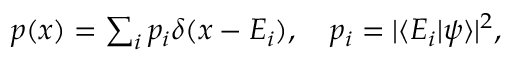
\begin{array} { r } { p ( x ) = \sum _ { i } p _ { i } \delta ( x - E _ { i } ) , \quad p _ { i } = | \langle E _ { i } | \psi \rangle | ^ { 2 } , } \end{array}